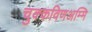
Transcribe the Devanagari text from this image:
चुक्कविणअम्मि